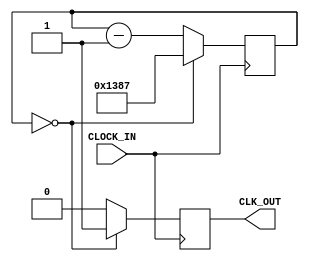
module tick_5000(CLOCK_IN, CLK_OUT);

	parameter NBIT = 16;
	
	input CLOCK_IN;
	output CLK_OUT;
	
	reg [NBIT-1:0] count;
	
	reg CLK_OUT;
	
	initial 
		begin
			count = 16'd4999;
			CLK_OUT = 1'b0;
		end
	
	always @ (posedge CLOCK_IN)
		begin
			if(count == 16'b0)
				begin
					CLK_OUT <= 1'b1;
					count <= 16'd4999;
				end
			else
				begin
					count <= count - 1'b1;
					CLK_OUT <= 1'b0;
				end
		end

endmodule